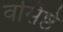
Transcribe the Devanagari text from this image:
वसिष्ठे